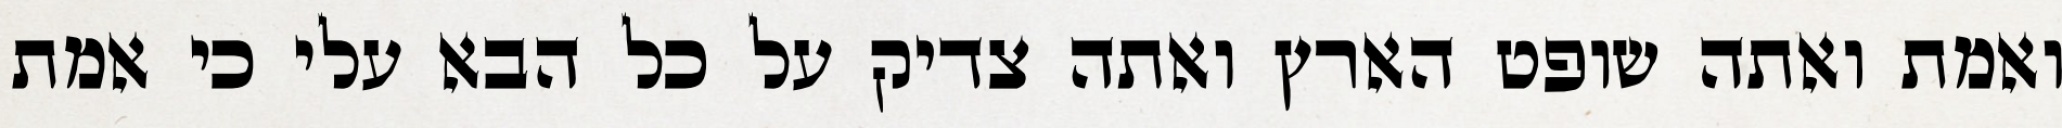
ואמת ואתה שופט הארץ ואתה צדיק על כל הבא עלי כי אמת